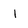
Character: l